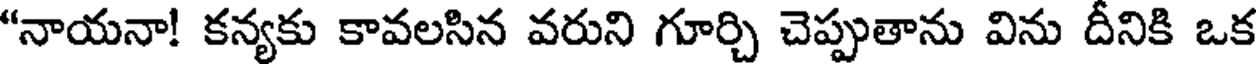
"నాయనా! కన్యకు కావలసిన వరుని గూర్చి చెప్పుతాను విను దీనికి ఒక